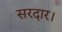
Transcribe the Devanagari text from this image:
सरदार।